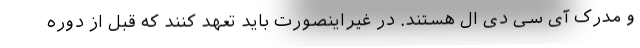
و مدرک آی سی دی ال هستند. در غیراینصورت باید تعهد کنند که قبل از دوره